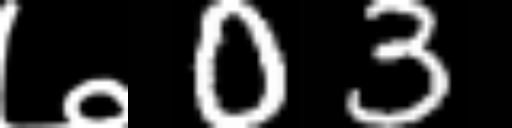
Text: ७03